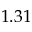
1 . 3 1